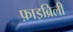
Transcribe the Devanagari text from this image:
फ़ाइब्रिली